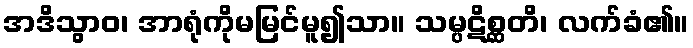
အဒိသွာဝ၊ အာရုံကိုမမြင်မူ၍သာ။ သမ္ပဋိစ္ဆတိ၊ လက်ခံ၏။